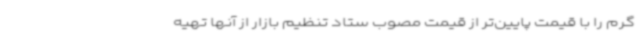
گرم را با قیمت پایین‌تر از قیمت مصوب ستاد تنظیم بازار از آنها تهیه